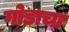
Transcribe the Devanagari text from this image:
गोडाचा